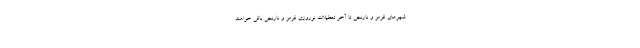
شهرهای قرمز و نارنجی تا آخر تعطیلات نوروزی قرمز و نارنجی باقی خواهند